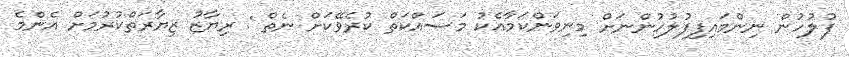
ފުލުހުން ނިންމައިފިފުލުހުންނަށް މިނިވަންކަމާއެކު މަސައްކަތް ކުރެވޭކަށް ނެތް : ރިޔާޒު ޒިޔާރަތްކުރުމަށް އެންމެ